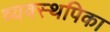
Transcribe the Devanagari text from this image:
व्यवस्थपिका